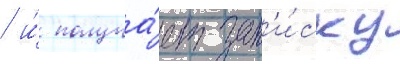
/ и́ получа́ет зап'и́ску